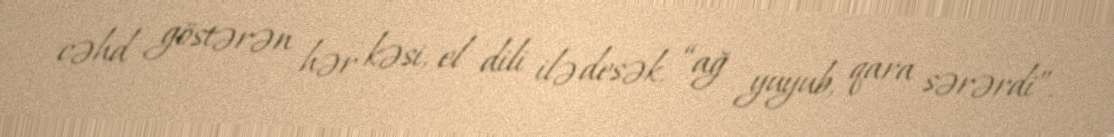
cəhd göstərən hər kəsi, el dili ilə desək, “ağ yuyub, qara sərərdi”.